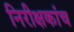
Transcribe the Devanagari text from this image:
निरीक्षकांच